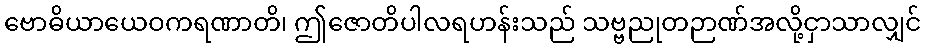
ဗောဓိယာယေဝကရဏာတိ၊ ဤဇောတိပါလရဟန်းသည် သဗ္ဗညုတဉာဏ်အလို့ငှာသာလျှင်